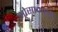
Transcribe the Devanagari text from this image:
ओसामाची